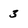
Character: 3